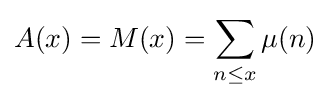
A(x)=M(x)=\sum _{n\leq x}\mu (n)